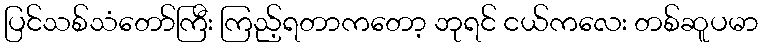
ပြင်သစ်သံတော်ကြီး ကြည့်ရတာကတော့ ဘုရင် ငယ်ကလေး တစ်ဆူပမာ